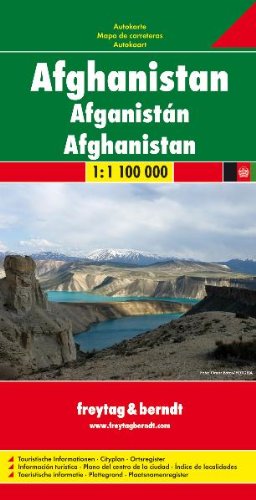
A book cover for Afghanistan; Freytag-Berndt und Artaria; Travel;